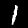
Digit: 1